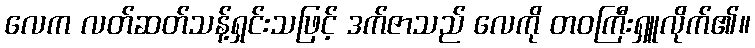
လေက လတ်ဆတ်သန့်ရှင်းသဖြင့် ဒက်ဇာသည် လေကို တဝကြီးရှူလိုက်၏။